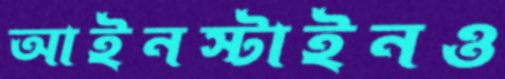
আইনস্টাইনও